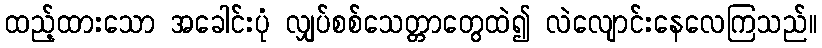
ထည့်ထားသော အခေါင်းပုံ လျှပ်စစ်သေတ္တာတွေထဲ၍ လဲလျောင်းနေလေကြသည်။